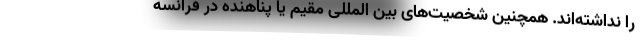
را نداشته‌اند. همچنین شخصیت‌های بین المللی مقیم یا پناهنده در فرانسه